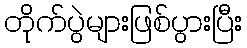
တိုက်ပွဲများဖြစ်ပွားပြီး